Scottish Leaving Certificate Examination, 1951
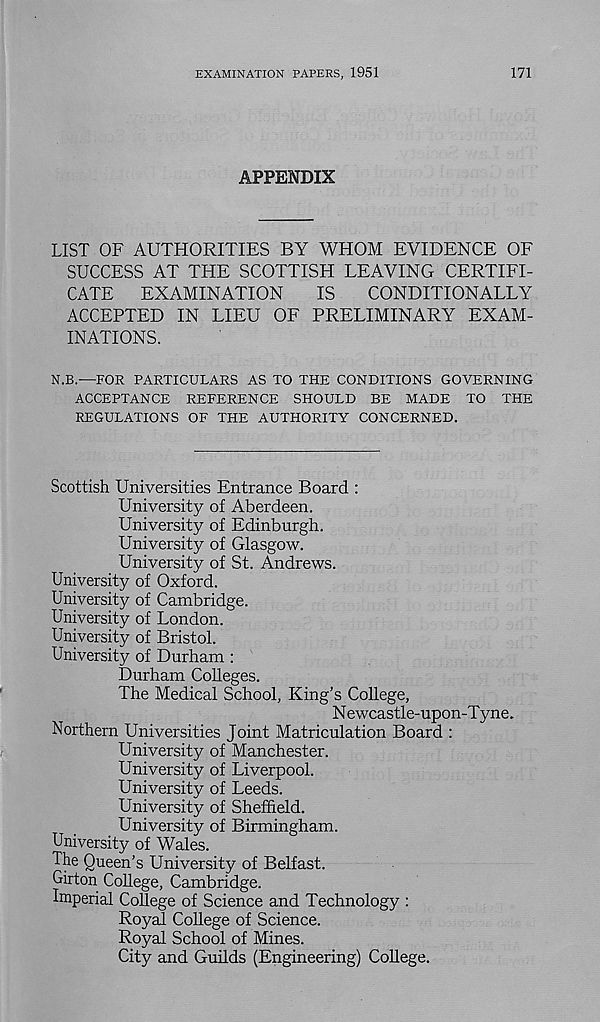
EXAMINATION PAPERS, 1951
171
APPENDIX
LIST OF AUTHORITIES BY WHOM EVIDENCE OF
SUCCESS AT THE SCOTTISH LEAVING CERTIFI-
CATE
EXAMINATION
IS
CONDITIONALLY
ACCEPTED IN LIEU OF PRELIMINARY EXAM-
INATIONS.
N.B.—FOR PARTICULARS AS TO THE CONDITIONS GOVERNING
ACCEPTANCE REFERENCE SHOULD BE MADE TO THE
REGULATIONS OF THE AUTHORITY CONCERNED.
Scottish Universities Entrance Board :
University of Aberdeen.
University of Edinburgh.
University of Glasgow.
University of St. Andrews.
University of Oxford.
University of Cambridge.
University of London.
University of Bristol.
University of Durham :
Durham Colleges.
The Medical School, King’s College,
N ewcastle-upon-T y ne.
Northern Universities Joint Matriculation Board :
University of Manchester.
University of Liverpool.
University of Leeds.
University of Sheffield.
University of Birmingham.
University of Wales.
The Queen’s University of Belfast.
Girton College, Cambridge.
Imperial College of Science and Technology :
Royal College of Science.
Royal School of Mines.
City and Guilds (Engineering) College.